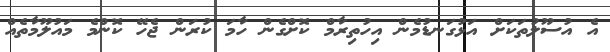
އެ އުސޫލުތަކަށް އަޅުގަނޑުމެން އިހުތިރާމް ކޮށްގެން ހާމަ ކުރަން ޖެހޭ ކޮންމެ މައުލޫމާތެއް